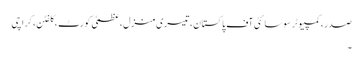
صدر، کمپیوٹر سوسائٹی آف پاکستان، تیسری منزل، عظمیٰ کورٹ ، کلفٹن، کراچی
۔